Leaving Certificate Examination (including Day School Certificate (Higher) General paper), 1931
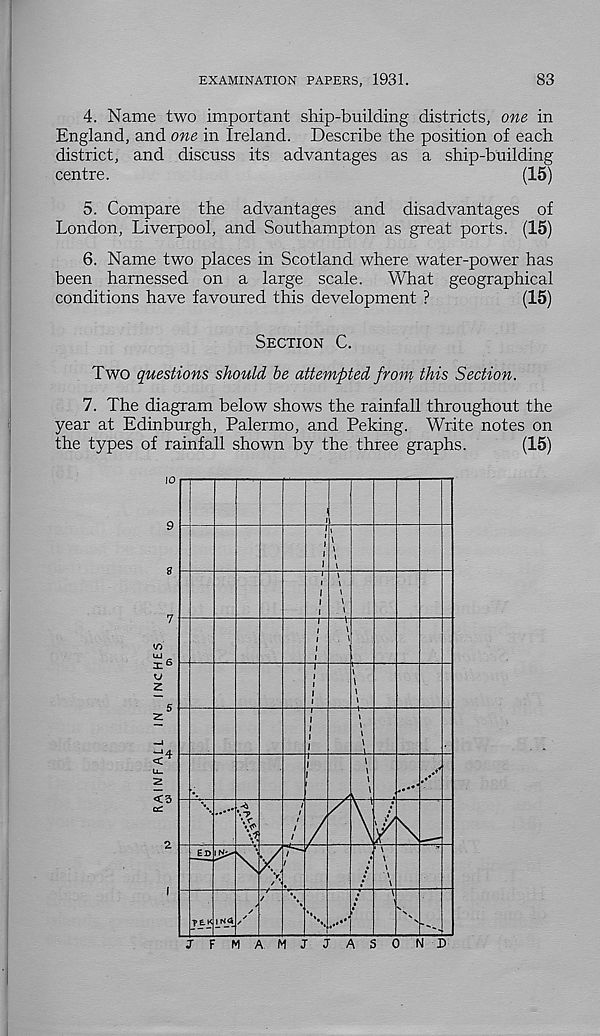
EXAMINATION PAPERS, 1931.
83
4. Name two important ship-building districts, one in
England, and one in Ireland. Describe the position of each
district, and discuss its advantages as a ship-building
centre.
(15)
5. Compare the advantages and disadvantages of
London, Liverpool, and Southampton as great ports. (15)
6. Name two places in Scotland where water-power has
been harnessed on a large scale.
What geographical
conditions have favoured this development ?
(15)
Section C.
Two questions should be attempted from, this Section.
7. The diagram below shows the rainfall throughout the
year at Edinburgh, Palermo, and Peking. Write notes on
the types of rainfall shown by the three graphs.
(15)
JFMAMJJASOND